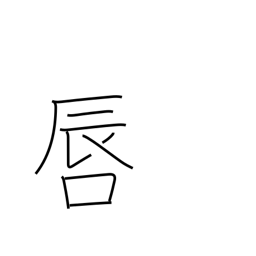
Meaning: lips